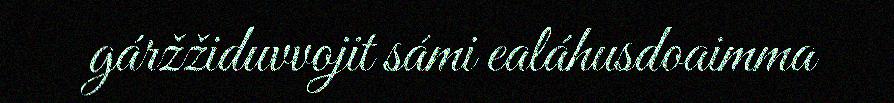
gáržžiduvvojit sámi ealáhusdoaimma